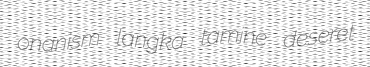
onanism langka tamine deseret